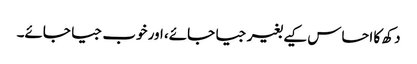
دکھ کا احساس کیے بغیر جیا جائے، اور خوب جیا جائے۔